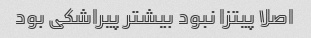
اصلا پیتزا نبود بیشتر پیراشکی بود